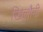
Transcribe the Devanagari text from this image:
खिलौनी